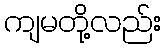
ကျမတို့လည်း